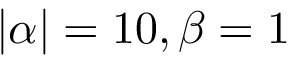
| \alpha | = 1 0 , \beta = 1